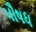
પૌષધ